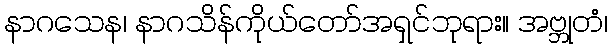
နာဂသေန၊ နာဂသိန်ကိုယ်တော်အရှင်ဘုရား။ အဗ္ဘုတံ၊